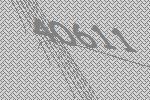
40611